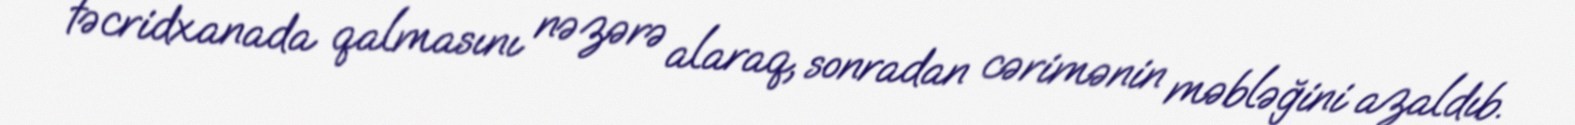
təcridxanada qalmasını nəzərə alaraq, sonradan cərimənin məbləğini azaldıb.